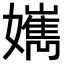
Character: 𡣸